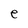
Character: e